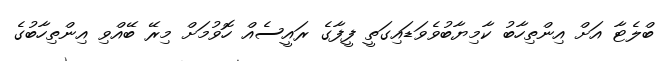
ބްލެޓާ އަށް އިންތިހާބު ކާމިޔާބުވެވަޑައިގަތީ ފީފާގެ ރައީސެއް ހޮވުމަށް މިރޭ ބޭއްވި އިންތިހާބުގެ